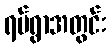
ရပ်ရွာအတွင်း